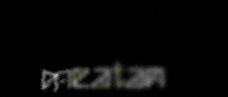
meatan